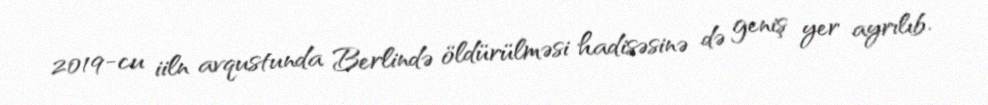
2019-cu iiln avqustunda Berlində öldürülməsi hadisəsinə də geniş yer ayrılıb.